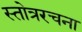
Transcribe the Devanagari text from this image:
स्तोत्ररचना